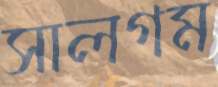
সালগম